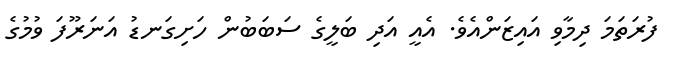
ފުރަތަމަ ދިމާވި އައިޒަންއެވެ. އެއީ އަދި ބަލީގެ ސަބަބުން ހަށިގަނޑު އަނަރޫފަ ވުމުގެ